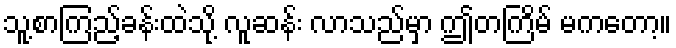
သူ့စာကြည့်ခန်းထဲသို့ လူဆန်း လာသည်မှာ ဤတကြိမ် မကတော့။